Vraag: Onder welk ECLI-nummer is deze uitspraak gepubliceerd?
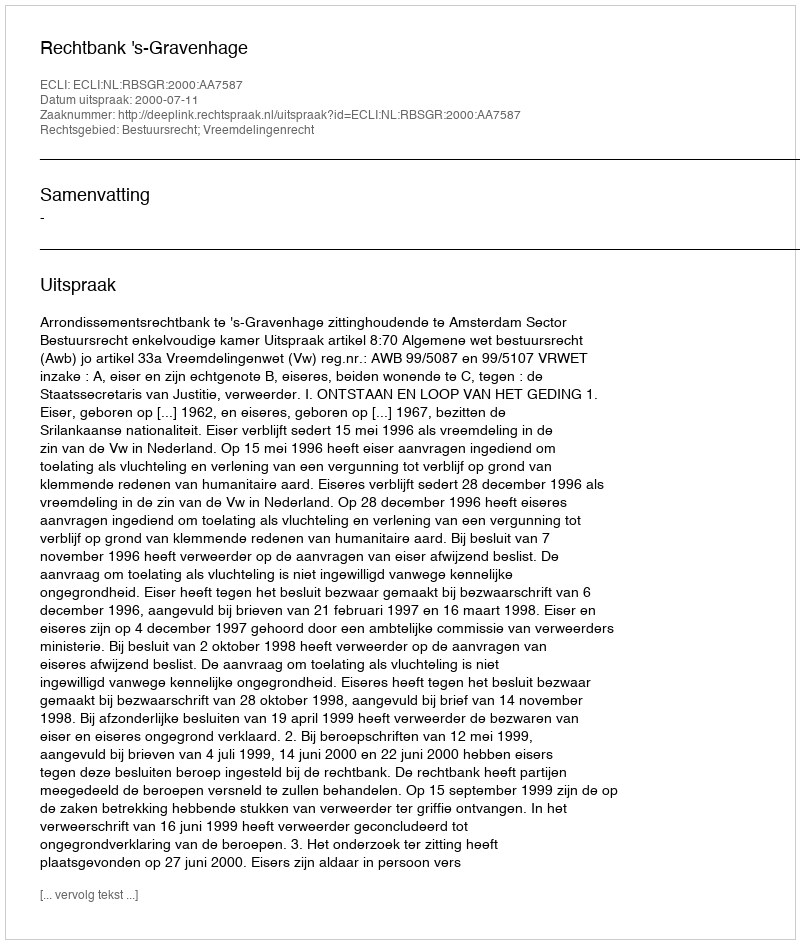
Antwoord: ECLI:NL:RBSGR:2000:AA7587